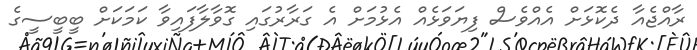
ރާއްޖެއާ ދެކޮޅަށް އެއްވެސް ފިޔަވަޅެއް އެޅުމަށް އެ ގަރާރުގައި ގޮވާލާފައިވާ ކަމަކަށް ބީބީސީގެ